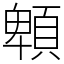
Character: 䫌